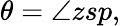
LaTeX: \theta=\angle zsp,